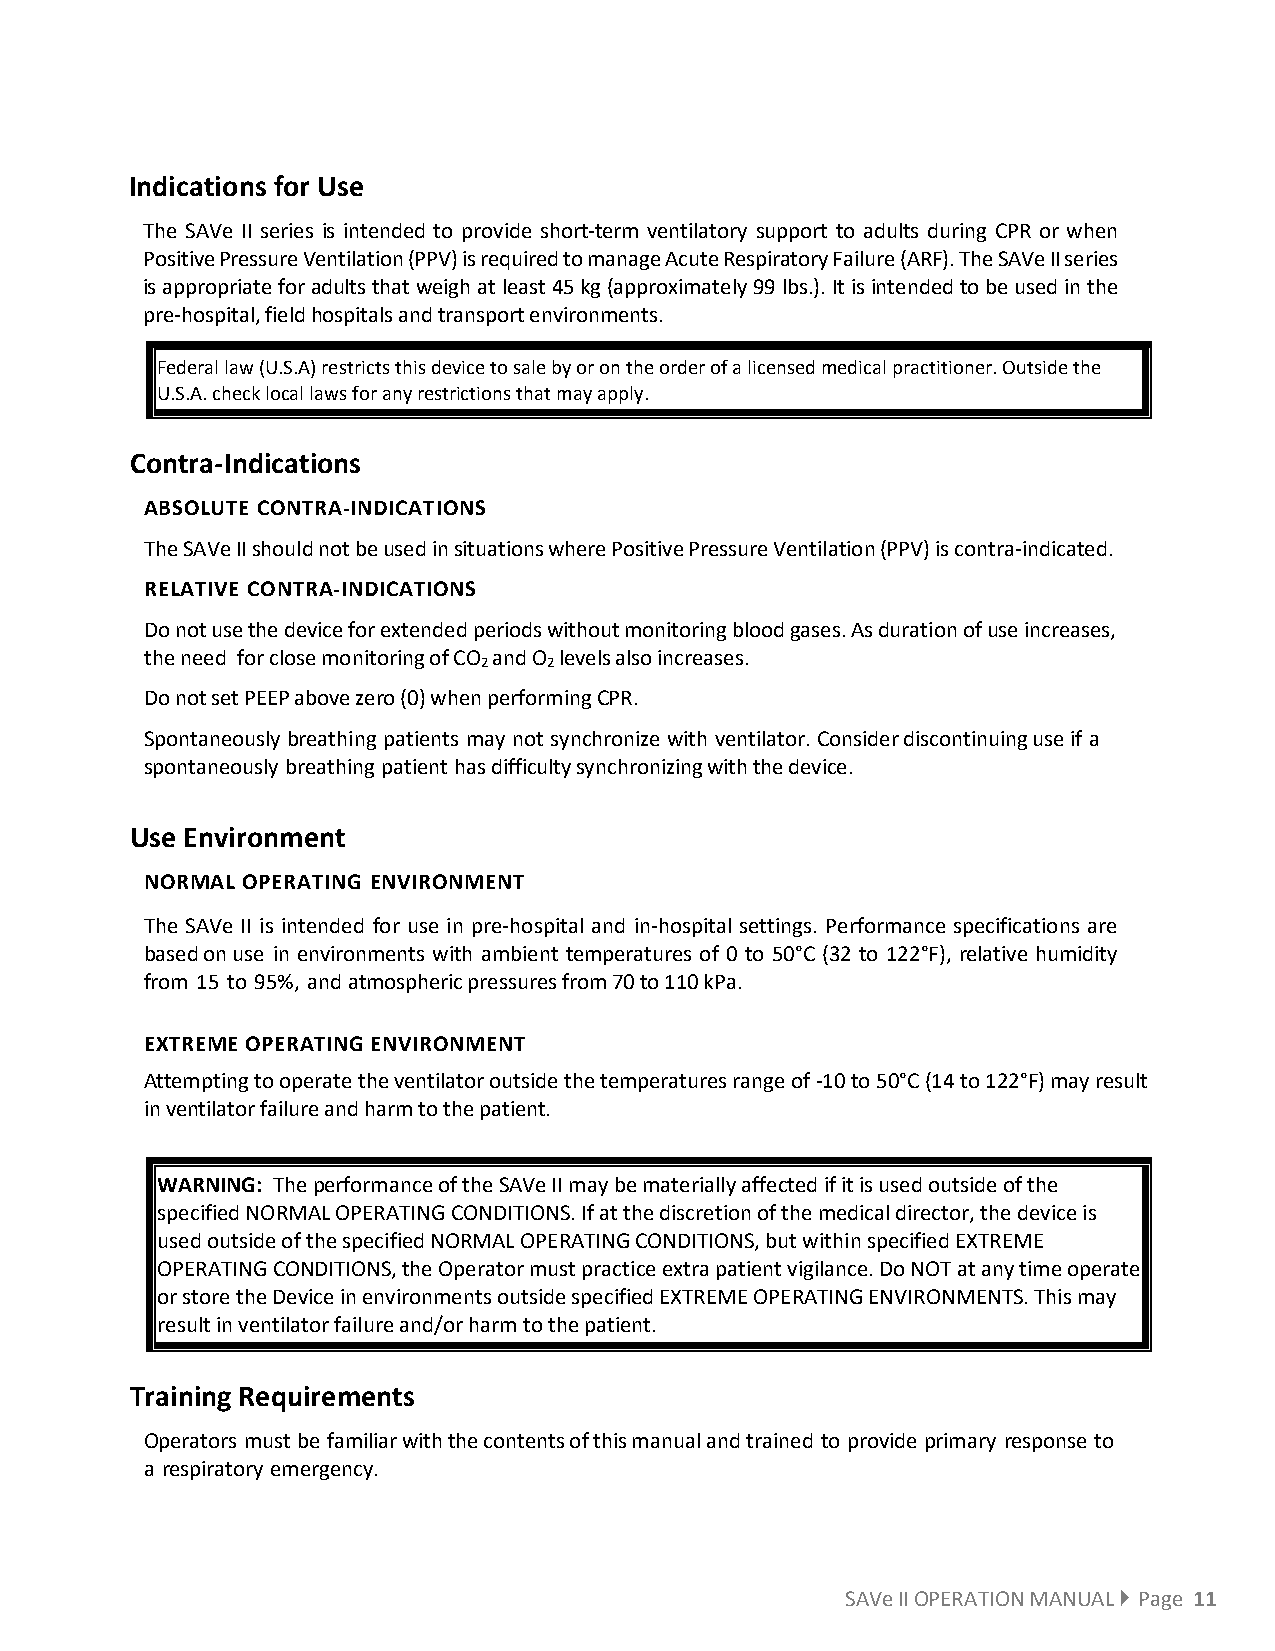
Indications for Use
 The SAVe II series is intended to provide short-term ventilatory support to adults during CPR or when
 Positive Pressure Ventilation (PPV) is required to manage Acute Respiratory Failure (ARF). The SAVe II series
 is appropriate for adults that weigh at least 45 kg (approximately 99 lbs.). It is intended to be used in the
 pre-hospital, field hospitals and transport environments.
 Federal law (U.S.A) restricts this device to sale by or on the order of a licensed medical practitioner. Outside the
 U.S.A. check local laws for any restrictions that may apply.
 Contra-Indications
 ABSOLUTE CONTRA-INDICATIONS
 The SAVe II should not be used in situations where Positive Pressure Ventilation (PPV) is contra-indicated.
 RELATIVE CONTRA-INDICATIONS
 Do not use the device for extended periods without monitoring blood gases. As duration of use increases,
 the need for close monitoring of CO and O levels also increases.
 2   2
 Do not set PEEP above zero (0) when performing CPR.
 Spontaneously breathing patients may not synchronize with ventilator. Consider discontinuing use if a
 spontaneously breathing patient has difficulty synchronizing with the device.
 Use Environment
 NORMAL OPERATING ENVIRONMENT
 The SAVe II is intended for use in pre-hospital and in-hospital settings. Performance specifications are
 based on use in environments with ambient temperatures of 0 to 50°C (32 to 122°F), relative humidity
 from 15 to 95%, and atmospheric pressures from 70 to 110 kPa.
 EXTREME OPERATING ENVIRONMENT
 Attempting to operate the ventilator outside the temperatures range of -10 to 50°C (14 to 122°F) may result
 in ventilator failure and harm to the patient.
 WARNING: The performance of the SAVe II may be materially affected if it is used outside of the
 specified NORMAL OPERATING CONDITIONS. If at the discretion of the medical director, the device is
 used outside of the specified NORMAL OPERATING CONDITIONS, but within specified EXTREME
 OPERATING CONDITIONS, the Operator must practice extra patient vigilance. Do NOT at any time operate
 or store the Device in environments outside specified EXTREME OPERATING ENVIRONMENTS. This may
 result in ventilator failure and/or harm to the patient.
 Training Requirements
 Operators must be familiar with the contents of this manual and trained to provide primary response to
 a respiratory emergency.
 SAVe II OPERATION MANUAL  Page 11